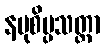
နမုစိပ္ပသတ္ထာ